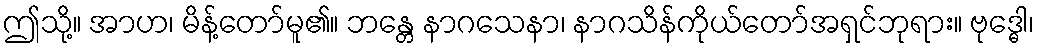
ဤသို့။ အာဟ၊ မိန့်တော်မူ၏။ ဘန္တေ နာဂသေနာ၊ နာဂသိန်ကိုယ်တော်အရှင်ဘုရား။ ဗုဒ္ဓေါ၊